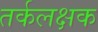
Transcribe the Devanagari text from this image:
तर्कलक्षक